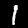
Digit: 1